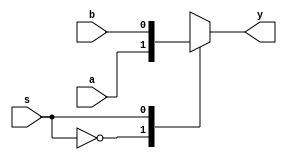
`timescale 1ns / 1ps
//////////////////////////////////////////////////////////////////////////////////
// Company: 
// Engineer: 
// 
// Design Name: 
// Module Name:    cn_ff 
// Project Name: C-N flip-flop using D flip flop and 2 x 1 multiplexer.
// Author Name: Ummidi Chandrika
//////////////////////////////////////////////////////////////////////////////////
module mux2X1(a,b,s,y);
input a,b,s;
output reg y;

always @(a or b or s)
begin
case(s)
0: y=a;
1:y=b;
default: y=1'b0;
endcase
end
endmodule



module d_ff(d,clk,reset,q);
input d,clk,reset;
output reg q;

always @(posedge clk)
begin
if(reset)
q=0;
else 
q=d;
end

endmodule


module cn_flipflop(c,n,clk,q,qbar);
input c,n,clk;
output q,qbar;
wire cn,n_bar,d_wire;

mux2X1 mux1(1'b0,c,n,cn);
mux2X1 mux2(1'b1,1'b0,n,n_bar);
mux2X1 mux3(cn,n_bar,q,d_wire);
d_ff dff1( .d(d_wire),.clk(clk),.reset(),.q(q));
assign qbar=~q;

endmodule